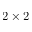
2 \times 2